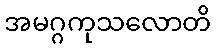
အမဂ္ဂကုသလောတိ